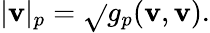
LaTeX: |\mathbf{v}|_{p}={\sqrt{}{{g_{p}(\mathbf{v},\mathbf{v})}}}.